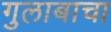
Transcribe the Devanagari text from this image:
गुलाबाचा